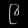
Digit: ၉